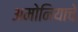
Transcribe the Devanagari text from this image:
अमोनियाचे